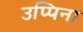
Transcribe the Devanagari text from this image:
उप्पिना